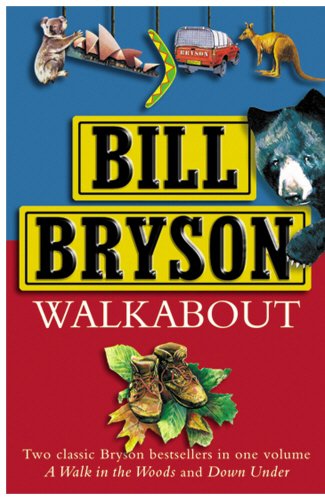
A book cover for Walk About: "A Walk in the Woods", "Down Under"; Bill Bryson; Travel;